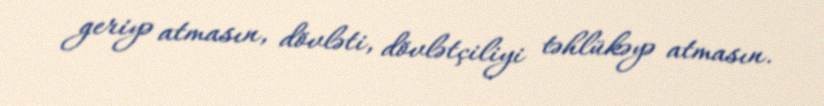
geriyə atmasın, dövləti, dövlətçiliyi təhlükəyə atmasın.